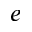
^ { e }